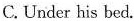
C. Under his bed.